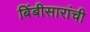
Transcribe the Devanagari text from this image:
बिंबीसारांची